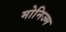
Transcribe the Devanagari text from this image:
मोनिज्म